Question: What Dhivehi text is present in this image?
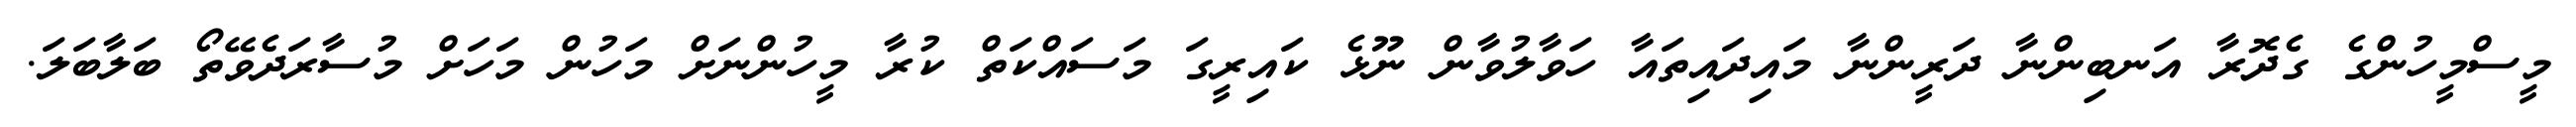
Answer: މީސްމީހުންގެ ގެދޮރާ އަނބިންނާ ދަރީންނާ މައިދައިތައާ ހަވާލުވާން ނޫޅެ ކައިރީގަ މަސައްކަތް ކުރާ މީހުންނަށް މަހުން މަހަށް މުސާރަދެވޭތޯ ބަލާބަލަ.